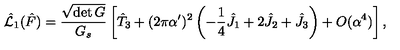
\hat { { \cal L } } _ { 1 } ( \hat { F } ) = \frac { \sqrt { \det G } } { G _ { s } } \left[ \hat { T } _ { 3 } + ( 2 \pi \alpha ^ { \prime } ) ^ { 2 } \left( - \frac { 1 } { 4 } \hat { J } _ { 1 } + 2 \hat { J } _ { 2 } + \hat { J } _ { 3 } \right) + O ( \alpha ^ { 4 } ) \right] ,